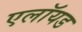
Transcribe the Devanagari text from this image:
एलॉयड